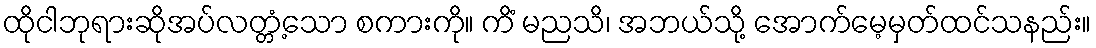
ထိုငါဘုရားဆိုအပ်လတ္တံ့သော စကားကို။ ကိံ မညသိ၊ အဘယ်သို့ အောက်မေ့မှတ်ထင်သနည်း။